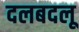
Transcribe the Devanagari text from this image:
दलबदलू